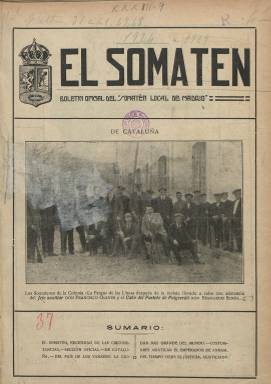
Título: El Somatén (Madrid)
Colección: Fuerzas del orden
Ámbito geográfico: Madrid
Lugar de publicación: Madrid
Fechas: 01/04/1923-31/03/1929

Esta publicación fue editada a partir de octubre de 1920 por el Somatén local de Madrid, institución creada a semejanza de sus homólogas catalanas. Se trata de cuerpos parapoliciales organizados por los propietarios para actuar en huelgas y manifestaciones contra los obreros de ideología revolucionaria.

   En Barcelona, donde antes no existía pese a tratarse de una institución catalana medieval (de implantación predominantemente rural), se creó en 1919 el Somatén a raíz de la lucha entre la patronal y la clase obrera con motivo de la huelga de La Canadiense. A partir de ese año y debido a la inestabilidad social el Somatén se forma también en Zaragoza y en la capital de España, primero con el nombre de Defensa Ciudadana de la Villa y Corte de Madrid. En 1923, la dictadura de Primo de Rivera extiende la institución a todas las provincias españolas.

  En el momento de la constitución de este cuerpo en Madrid, en 1920, el diario ABC pidió para sus integrantes la garantía del Gobierno de que en caso de que sufrieran ataques en su labor de defensa de la paz pública los agresores fueran sometidos a la jurisdicción militar para que los delitos no quedaran impunes.

    El Somatén de Madrid editaba esta revista gráfica mensual de 16 páginas, más tarde de 20, donde no faltaba en ninguno de sus números los anuncios de armas, dado que los miembros de la institución tenían que proveerse obligatoriamente de armas a su costa. Asimismo, tenían la obligación de esta suscritos a la publicación.

   Aparte de los artículos de fondo dedicados a la necesidad de mantener el  orden público en las calles y los relacionados con asuntos internos de la institución, la revista incluía informaciones variadas sobre diferentes temas no relacionados con la política nacional. Así, en el primer número que posee la BNE, el número 31 correspondiente a abril de 1923, se puede leer un reportaje de tres páginas sobre la ciudad de Nueva York, así como una noticia sobre el Peñón de Gibraltar y la intención del gobierno británico de convertirlo en una base de aeroplanos (página 13). Es curioso el grabado que se publica del Peñón horadado relleno de aviones, un dirigible, baterías artilleras, talleres y otras instalaciones militares. Los aviones saldrían volando de la misma Roca.

   En el número de septiembre de 1923 podemos ver en la portada de la publicación una foto del Rey Alfonso XIII con el general Primo de Rivera como muestra de apoyo al golpe de Estado protagonizado por éste. Esta aquiescencia del rey acabaría costándole el trono en 1931.

   Los miembros del somatén gozaban de descuentos en distintos establecimientos comerciales de Madrid, rebajas que se les aplicaban con solo mostrar el carnet.  En la publicación pueden verse anuncios de los comercios que hacían estos descuentos.

  Quien desee ampliar información sobre el Somatén en general puede consultar on line la tesis doctoral de Rosa María Martínez Segarra titulada: “El somatén nacional en la dictadura del general Primo de Rivera” (facultad de Geografía e Historia de la Universidad Complutense de Madrid), o el libro “La defensa armada contra la revolución”, de Eduardo González Calleja y Fernando del Rey Reguillo.

[Descripción publicada el 7/2/2020]